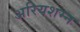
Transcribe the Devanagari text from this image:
अरियशम्न